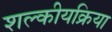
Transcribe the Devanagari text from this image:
शल्कीयक्रिया